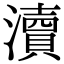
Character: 瀆